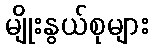
မျိုးနွယ်စုများ